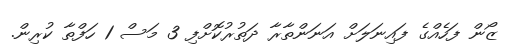
ޒޯން ފަހެއްގެ ފައިނަލަށް އަނަންތާރާ ދަތުރުކޮށްފި 3 މަސް 1 ހަފްތާ ކުރިން.